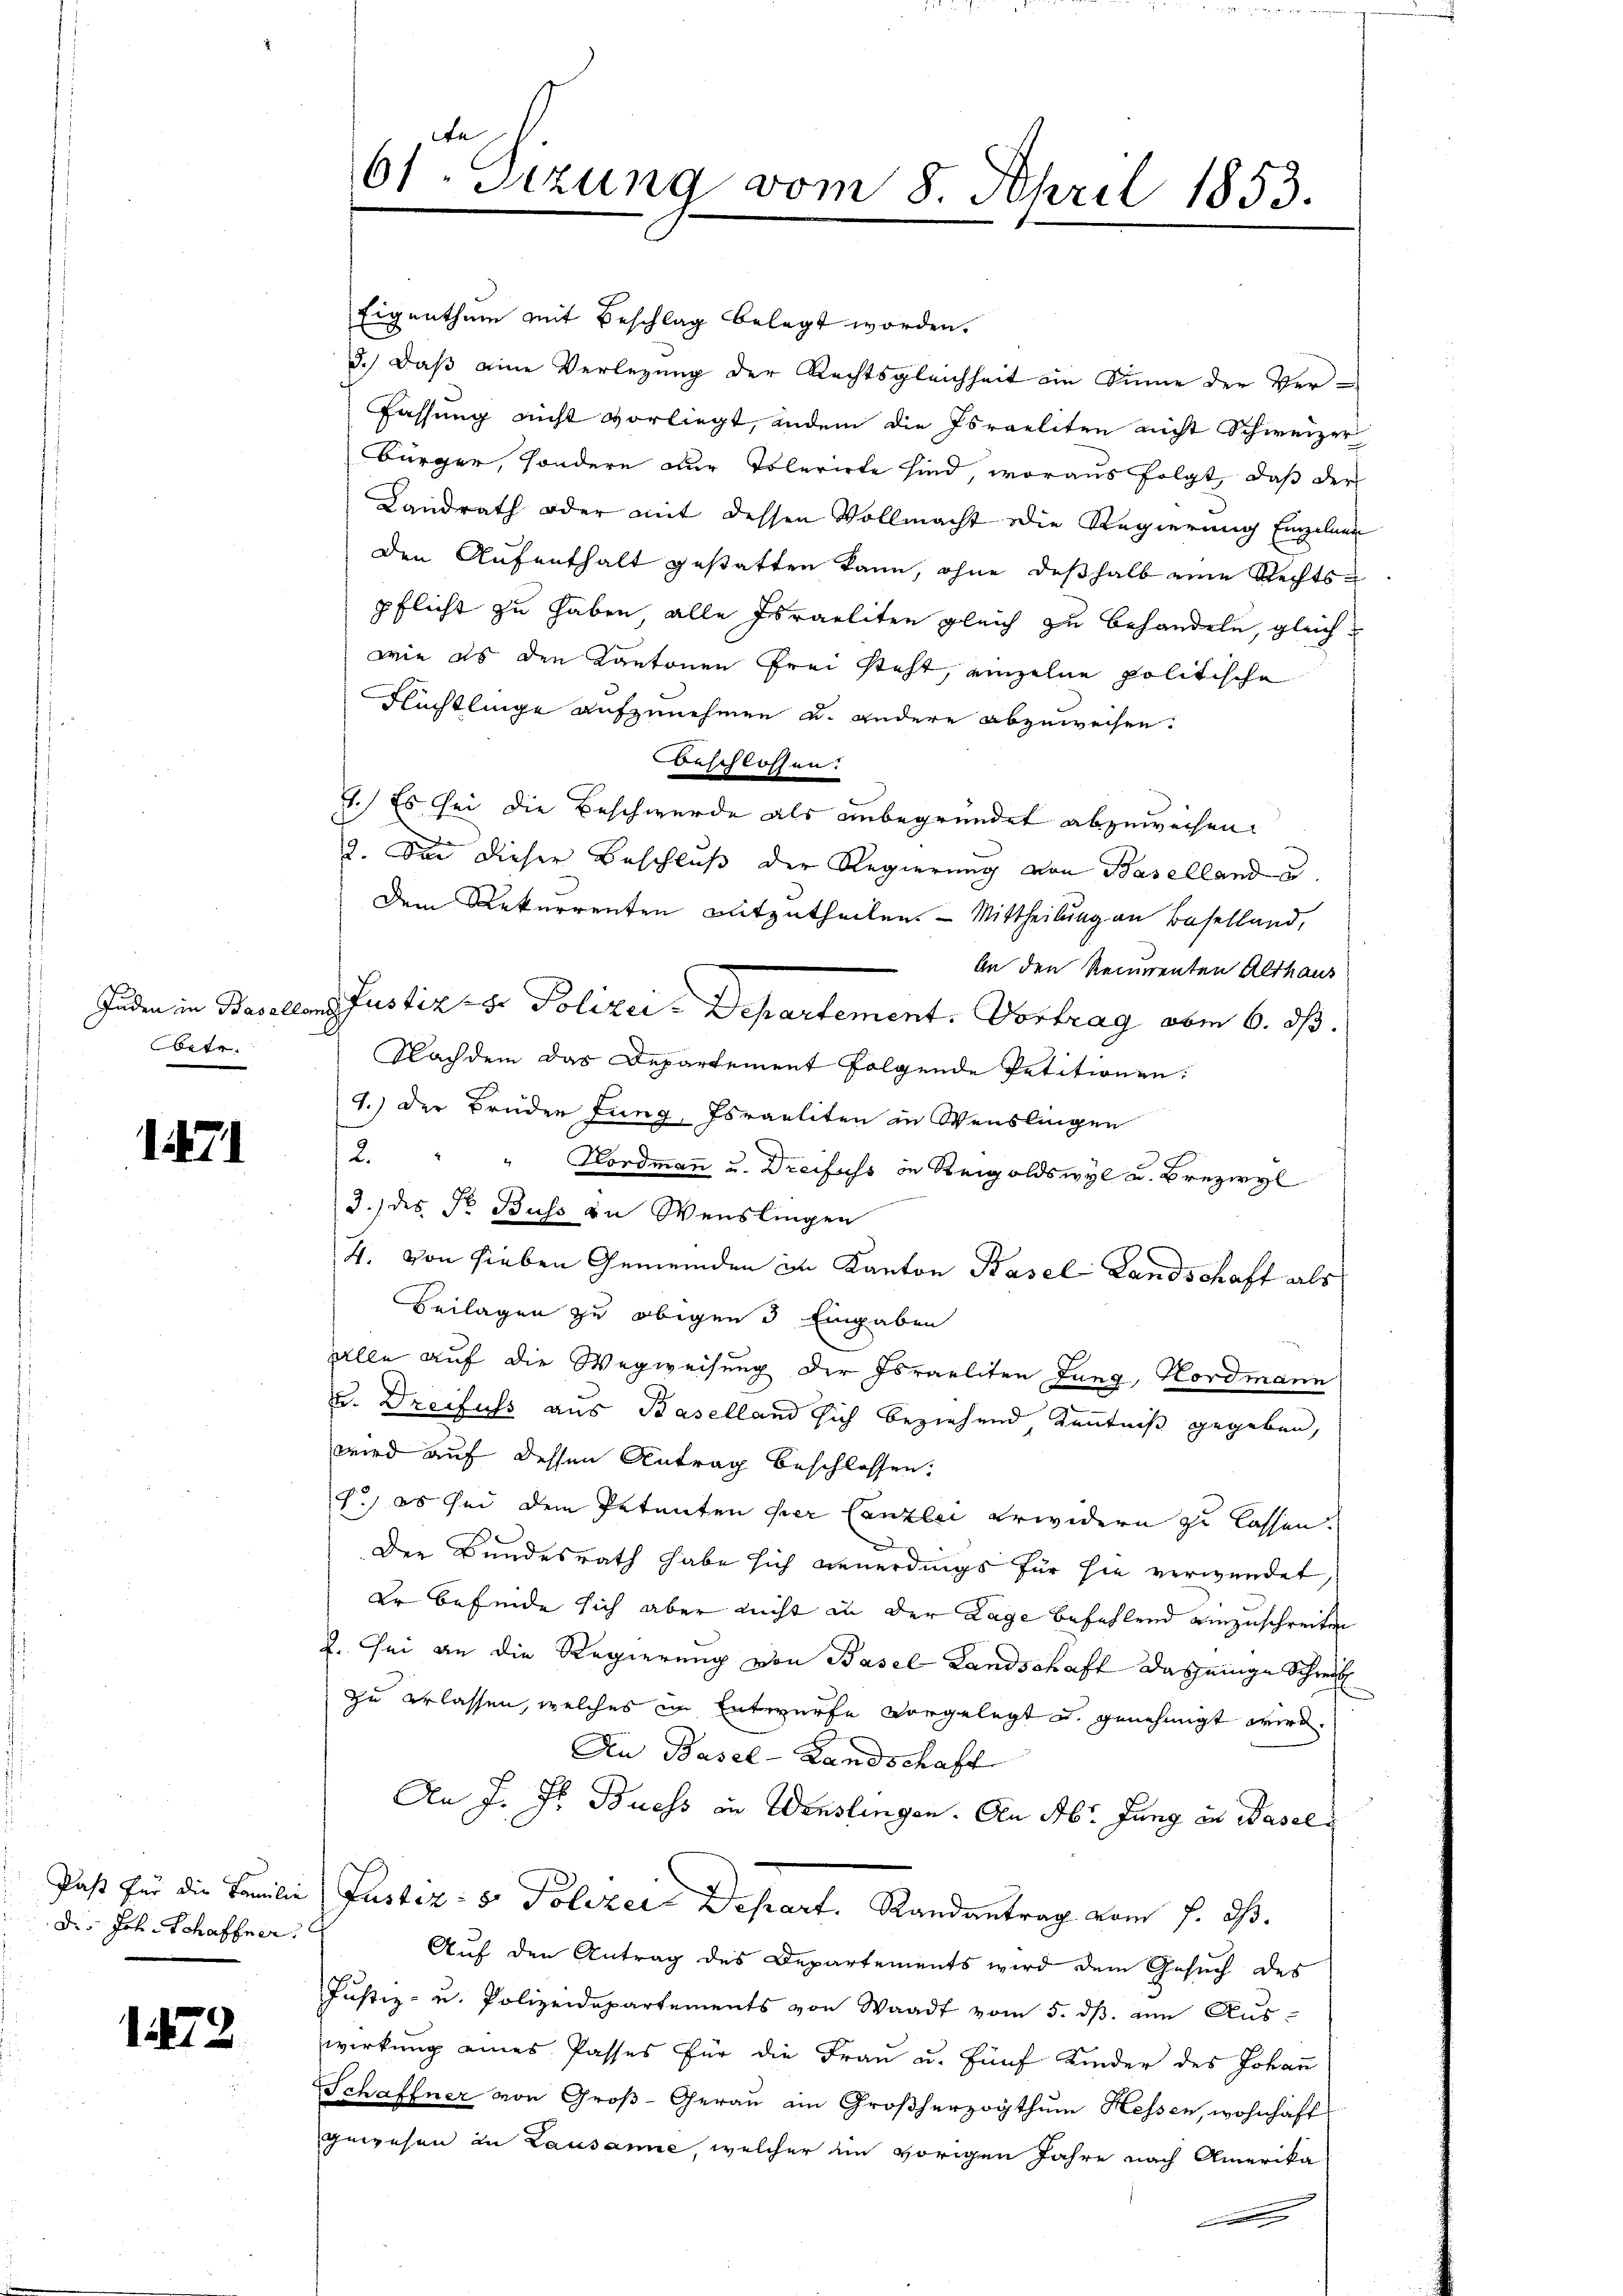
betr.

171

Paß für die Familie
Die Joh. Schaffner.

172

te
61. Dezung vom 8. April 1853.

Eigenthum mit Beschlag belegt worden.
3.) Daß eine Verlegung der Rechtsgleichheit ein Sinne der Ver-
Fassung nicht vorliegt, andem die Israeliten nicht Schweizer
Bürger, sondern der Tolerirte sind, woraus folgt, daß der
Landrath oder mit dessen Vollmacht die Regierung Einzelnen
den Aufenthalt gestatten kann, ohne deßhalb eine Rechtspflicht zu haben, alle Israeliten gleich zu behandeln, gleichwie es den Kantonen frei steht, einzelne politische
Flüchtlinge aufzunehmen u. andere abzuweisen.
Beschlossen.
4.) Es sei die Beschwerde als unbegründet abzuweisen.
.
2. Sei dieser Beschluß der Regierung von Baselland u.
Dem Rekurrenten mitzutheilen. - Mittheilung an Baselland,
An den Recurrenten Althaus
Juden in Basellens Justiz- & Polizei-Departement. Vortrag vom 6. ds.
Nachdem das Departement folgende Petitionen:
1.) Der Bruden Jung, Israeliten in Weislingen
2.
Nordmann u. Dreifuss in Reigoldswyl u. Brezwyl
3.) des Fr. Buss in Weislingen
4. von sieben Gemeinden in Kanton Pasel Landschaft als
Beilagen zu obigen 3 Eingaben
alle auf die Wegweisung der Israeliten Lang, Nordmann
u. Dreifuss aus Baselland sich beziehend Kenntniß gegeben,
wird auf dessen Antrag beschlossen.
f.) es sei dem Petenten per Canzlei erwidern zu lassen.
A
Der Bundesrath habe sich neuerdings für sie verwendet,
er befinde sich aber nicht in der Lage befehlend einzuschreiten
2. Sei an die Regierung von Basel Landschaft dasjenige Schreib
zu erlassen, welches in Entwurfe vorgelegt u. genehmigt wird.
Den Basel-Landschaft
An J. Jr. Buess in Wenslingen. An Abr. Jung in Wasel¬
Justiz: 5. Polizei Depart. Randantrag vom 7. ds.
Auf den Antrag des Departements wird dem Gesuch des
Justiz- u. Polizeidepartements von Waadt vom 5. dβ an Aus-
wirkung eines Passes für die Fraŭ u. fünf Kinder des Johan
Schaffner von Groß-Gerau ain Großherzogthum Hessen, wohnhaft
gewesen in Lausanne, welcher ein vorigen Jahre nach Amerika-
d